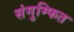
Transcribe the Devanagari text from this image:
संगुम्फित